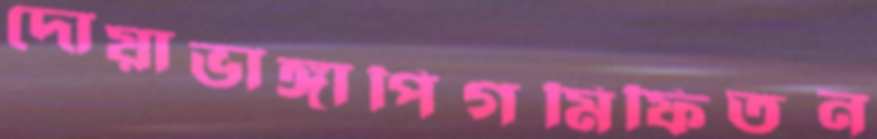
দোয়াভাঙ্গাপিগমিফিতন